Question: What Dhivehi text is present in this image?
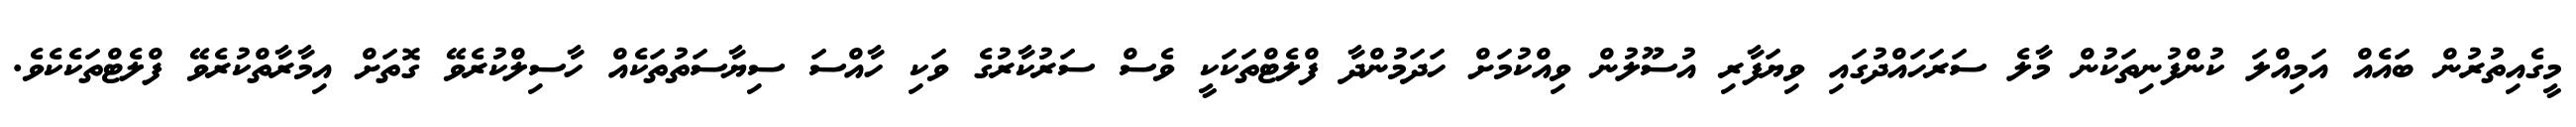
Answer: މީގެއިތުރުން ބައެއް އަމިއްލަ ކުންފުނިތަކުން މާލެ ސަރަހައްދުގައި ވިޔަފާރި އުސޫލުން ވިއްކުމަށް ހަދަމުންދާ ފްލެޓްތަކަކީ ވެސް ސަރުކާރުގެ ވަކި ހާއްސަ ސިޔާސަތުތަކެއް ހާސިލްކުރެވޭ ގޮތަށް އިމާރާތްކުރެވޭ ފްލެޓްތަކެކެވެ.